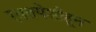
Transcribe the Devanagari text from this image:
रक्तपेशीहून